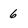
Character: 6